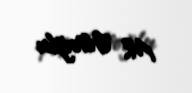
M. Əlioğlu